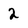
Character: 2